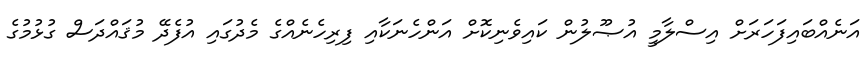
އަނެއްބައިފަހަރަށް އިސްލާމީ އުޞޫލުން ކައިވެނިކޮށް އަންހެނަކާއި ފިރިހެނެއްގެ މެދުގައި އުފެދޭ މުޤައްދަސް ގުޅުމުގެ